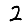
Digit: 2